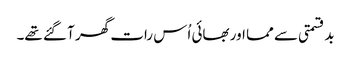
بدقسمتی سے مما اور بھائی اُس رات گھر آ گئے تھے۔